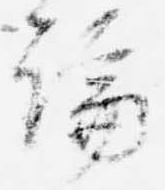
論